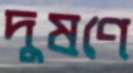
দুষণে